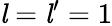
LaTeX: {\mathit{l}}={\mathit{l}}^{\prime}=1